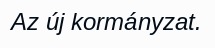
Az új kormányzat.